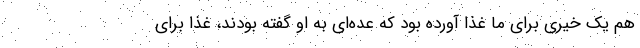
هم یک خیری برای ما غذا آورده بود که عده‌ای به او گفته بودند، غذا برای